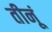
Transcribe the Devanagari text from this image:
तीनूं